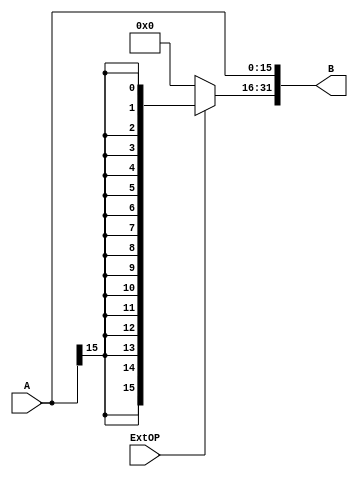
module ext_112(A, B, ExtOP);

input[15:0] A;
input ExtOP;
output[31:0] B;

assign B[31:16] = (ExtOP == 0) ? (16'd0) : ({(16){A[15]}});
assign B[15:0] = A;

endmodule